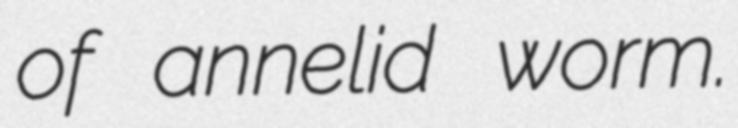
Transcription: of annelid worm.